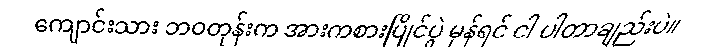
ကျောင်းသား ဘဝတုန်းက အားကစားပြိုင်ပွဲ မှန်ရင် ငါ ပါတာချည်းပဲ။